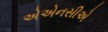
એએનસીએ